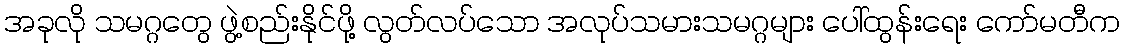
အခုလို သမဂ္ဂတွေ ဖွဲ့စည်းနိုင်ဖို့ လွတ်လပ်သော အလုပ်သမားသမဂ္ဂများ ပေါ်ထွန်းရေး ကော်မတီက